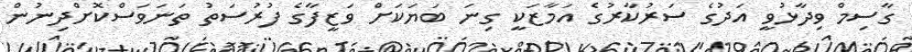
ގާސިމް ވިދާޅުވީ އަދުގެ ސަރުކާރުގެ އަމާޒަކީ ގިނަ ބަޔަކަށް ވަޒީފާގެ ފުރުސަތު ތަނަވަސްކޮށްދިނުން